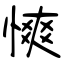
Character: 慡